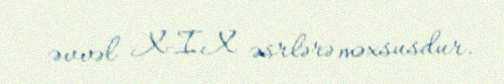
əvvəl X-IX əsrlərə məxsusdur.